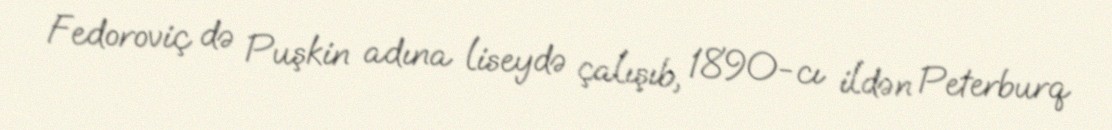
Fedoroviç də Puşkin adına liseydə çalışıb, 1890-cı ildən Peterburq